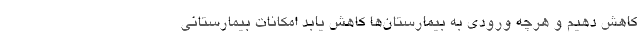
کاهش دهیم و هرچه ورودی به بیمارستان‌ها کاهش یابد امکانات بیمارستانی